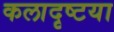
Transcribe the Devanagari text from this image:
कलादृष्टया